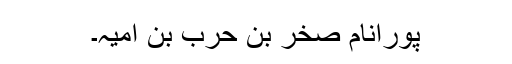
پورانام صخر بن حرب بن امیہ۔